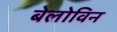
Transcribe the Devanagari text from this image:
बेलोविन